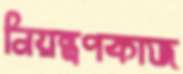
নিয়ন্ত্রণকাজ